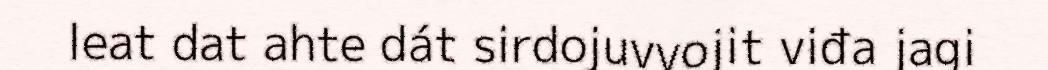
leat dat ahte dát sirdojuvvojit viđa jagi